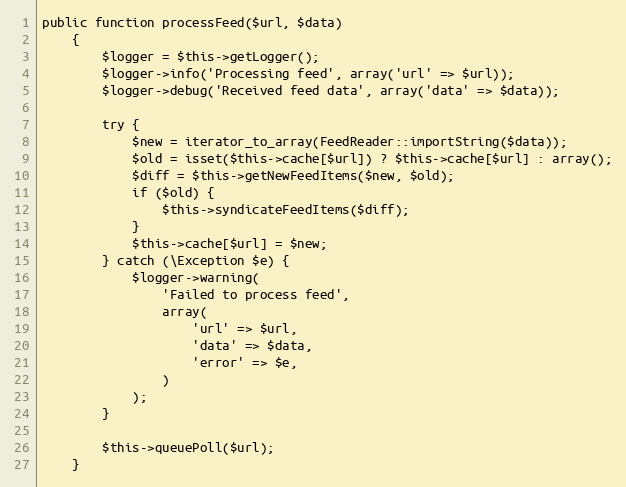
Language: PHP
public function processFeed($url, $data)
    {
        $logger = $this->getLogger();
        $logger->info('Processing feed', array('url' => $url));
        $logger->debug('Received feed data', array('data' => $data));

        try {
            $new = iterator_to_array(FeedReader::importString($data));
            $old = isset($this->cache[$url]) ? $this->cache[$url] : array();
            $diff = $this->getNewFeedItems($new, $old);
            if ($old) {
                $this->syndicateFeedItems($diff);
            }
            $this->cache[$url] = $new;
        } catch (\Exception $e) {
            $logger->warning(
                'Failed to process feed',
                array(
                    'url' => $url,
                    'data' => $data,
                    'error' => $e,
                )
            );
        }

        $this->queuePoll($url);
    }